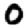
Digit: 0